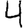
Digit: 4